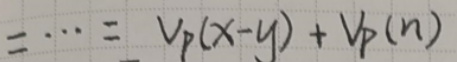
$=\cdots=V_p(x - y)+V_p(n)$